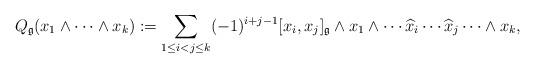
LaTeX: \begin{align*} Q_\mathfrak{g}(x_1\wedge\cdots\wedge x_k) :=\sum_{1\leq i<j\leq k}(-1)^{i+j-1}[x_i,x_j]_\mathfrak{g}\wedge x_1\wedge\cdots \widehat{x}_i\cdots \widehat{x}_j\cdots\wedge x_k,\end{align*}